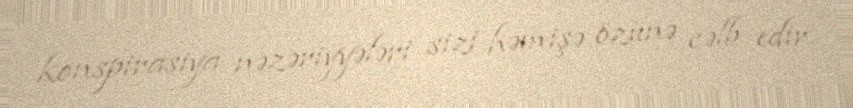
konspirasiya nəzəriyyələri sizi həmişə özünə cəlb edir.